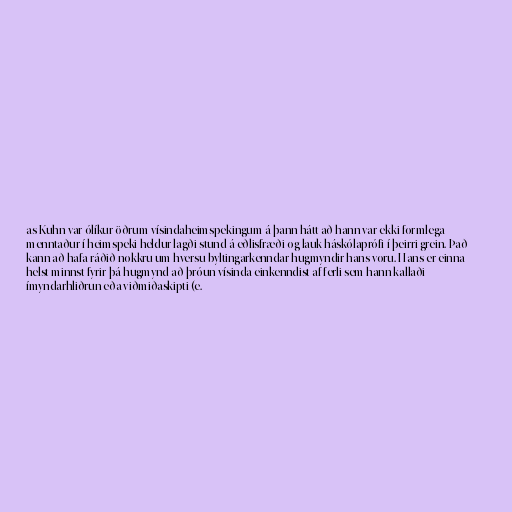
as Kuhn var ólíkur öðrum vísindaheimspekingum á þann hátt að hann var ekki formlega
menntaður í heimspeki heldur lagði stund á eðlisfræði og lauk háskólaprófi í þeirri grein. Það
kann að hafa ráðið nokkru um hversu byltingarkenndar hugmyndir hans voru. Hans er einna
helst minnst fyrir þá hugmynd að þróun vísinda einkenndist af ferli sem hann kallaði
ímyndarhliðrun eða viðmiðaskipti (e.